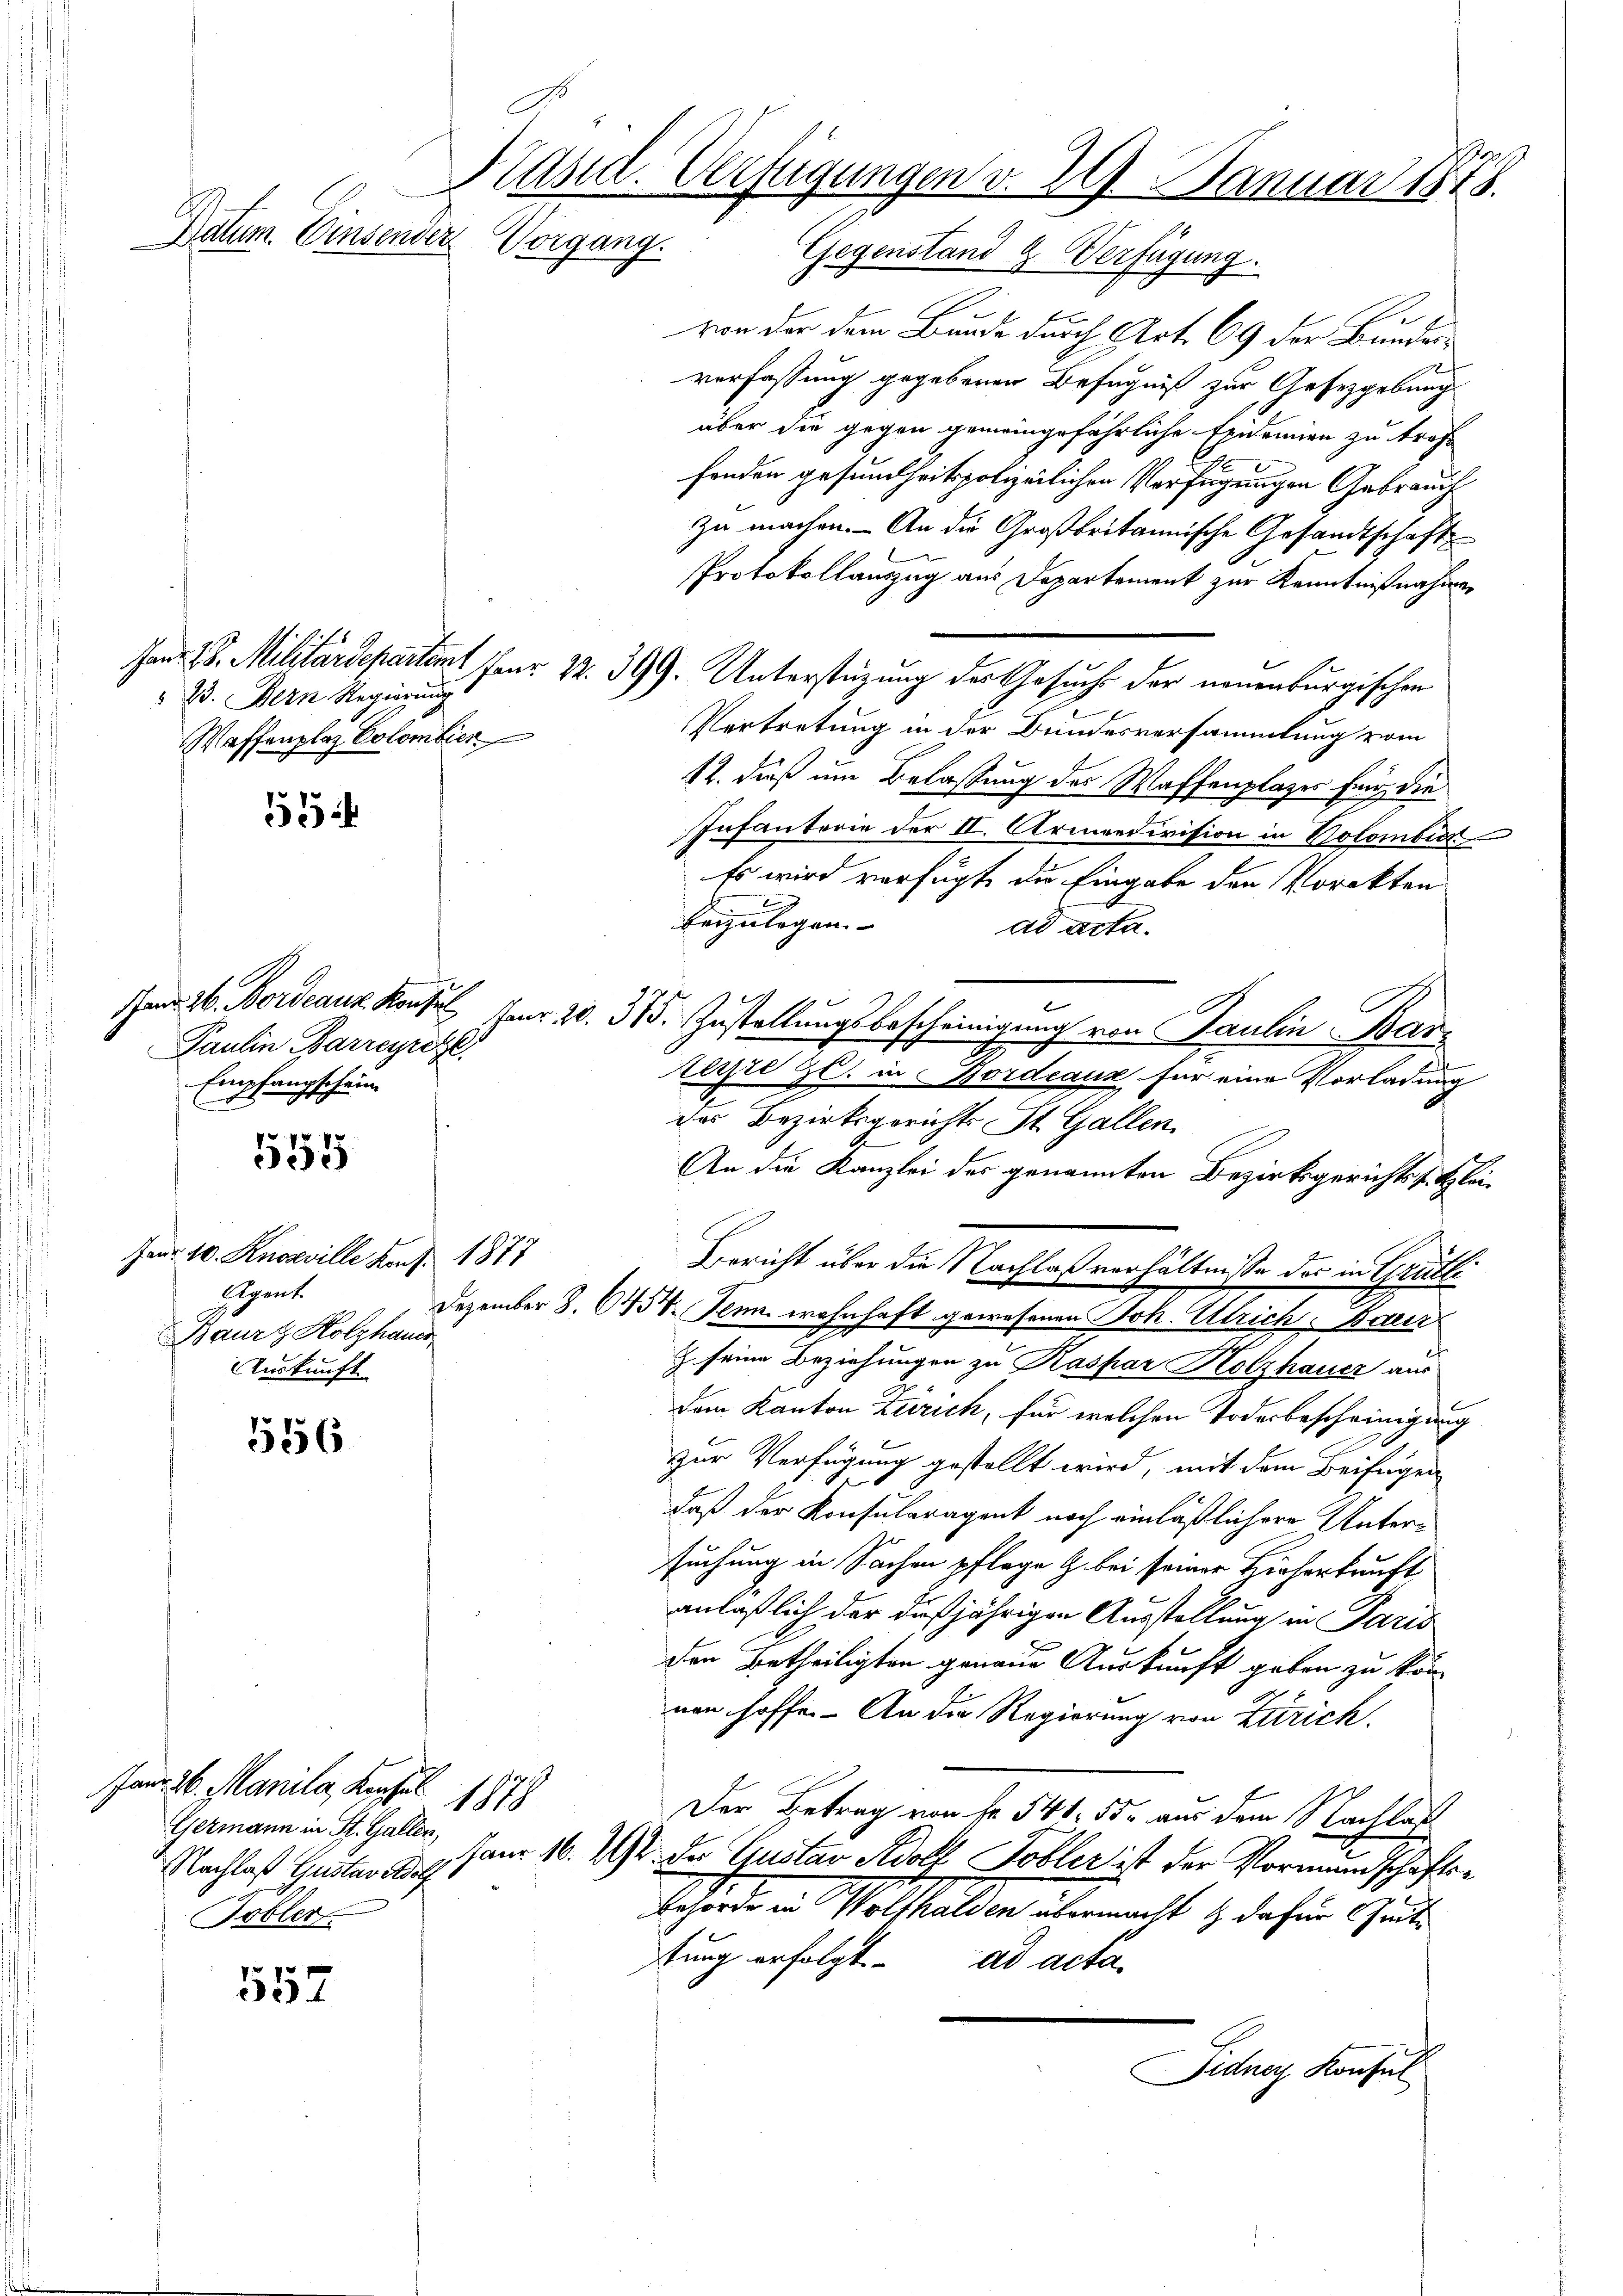
Präsid. Verfügungen v. 29. Januar 1848.
Datum. Einsender
Vorgang. Gegenstand & Verfügung.

23. Bern Regierung
Waffenplaz Colombier

53

Paulin Barreyregl
Empfangschein

555

Fenr 10. Knoeville von 1877
Gegent
Baur & Holzhauer
Auskunft

556

Jan. 26. Manila, Konzes
Germann in St. Gallen
Tobler

557

von der dem Bunde durch Art. 69 der Bunderverfassung gegebener Befugniß zur Gesetzgebung
über die gegen gemeingefährliche Epidemien zu trafe
fenden gesundheitspolizeilichen Verfügungen Gebrauch
zu machen. - An die Großbritannische Gesandtschaft
Protokollauszug aus Departement zur Kenntnißnahmen
Janr 28. Militärdepartamt Fr. 22. 399. Unterstüzung des Gesuche der neuenburgischen
Vertretung in der Bundesversammlung vom
12. dieß um Belassung des Waffenplazes für die
Infanterie der II. Armeedivision in Bolombicz
Es wird verfügt die Eingabe den Porekten
t
beizulegen.
ad acta.
Janr. H. Bordeauk Konte Fenr 20. 375. Zustellungsbescheinigung von Paulin Barterie z. in Bordeaux für eine Vorladung
das Bezirksgerichts St. Gallen.
An die Kanzlei der genannten Bezirksgerichtss. Klei¬
Bericht über die Nachlaßverhältnisse des in Grütle
Dezember 8. 6458. Denn wohnhaft gewesenen Joh. Ulrich, Baur
Z. seine Beziehungen zu Kaspar Holzhauer aus
dem Kanton Zürich, für welchen Todesbescheinigung
zur Verfügung gestellt wird, mit dem Beifügen
daß der Konsularagent noch einläßlichere Untersuchung in Sachen pflege & bei seiner Hirherkunft,
anläßlich der dießjährigen Ausstellung in Paris
den Betheiligten genaue Auskunft geben zu kön
von hoffe. - An die Regierung von Zürich.
118
Der Betrag von fr. 541. 55. aus dem Nachlaß
Nachlaß Gester u. am 16. 292. Der Gustav Adolf Tobler ist der Vormundschafts¬
Behörde in Wolhalden übermacht & dafür Gute
tung erfolgt. ad acta
Fidner Konsul